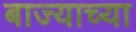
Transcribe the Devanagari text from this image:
बाज्याच्या